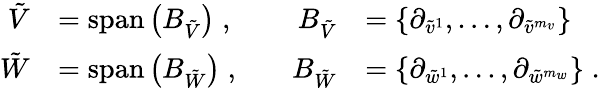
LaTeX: \begin{array}{rlrl}{\tilde{V}}&{=\mathrm{span}\left(B_{\tilde{V}}\right)\; ,\quad}&{B_{\tilde{V}}}&{=\left\{ \partial_{\tilde{v}^{1}},\ldots,\partial_{\tilde{v}^{m_{v}}}\right\} }\\ {\tilde{W}}&{=\mathrm{span}\left(B_{\tilde{W}}\right)\; ,\quad}&{B_{\tilde{W}}}&{=\left\{ \partial_{\tilde{w}^{1}},\ldots,\partial_{\tilde{w}^{m_{w}}}\right\} \; .}\end{array}